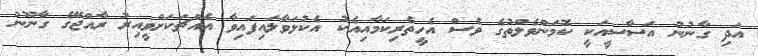
އަދި ގާނުނު އަސާސީއަކީ ކޮމަންވެލްތުގެ ވެސް އެހީތެރިކަމާއިއެކު އެކުލަވާލައިފައިވާ އެއްޗަކަށްވީއިރު ރާއްޖޭގެ ގާނޫނު